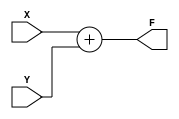
module Adder(
    input [3:0] X,
    input [3:0] Y,
    output [4:0] F
);

    assign F = X + Y; 

endmodule


module NewAdder(
    input [3:0] A,
    input [3:0] B,
    input [3:0] C,
    input [3:0] D,
    input [3:0] E,
    input [3:0] F,

    output [4:0] G,
    output [4:0] H,
    output [4:0] K
);

    Adder U1(
        .X(A),
        .Y(B),
        .F(G)
    );

    Adder U2(
        .X(C),
        .Y(D),
        .F(H)
    );

    Adder U3(
        .X(E),
        .Y(F),
        .F(K)
    );

endmodule